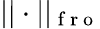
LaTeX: ||\cdot||_{\mathrm{~f~r~o~}}